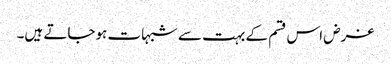
غرض اس قسم کے بہت سے شبہات ہوجاتے ہیں۔